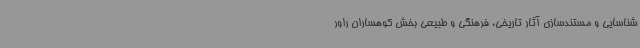
شناسایی و مستندسازی آثار تاریخی، فرهنگی و طبیعی بخش کوهساران راور